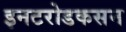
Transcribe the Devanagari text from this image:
इनटरोडकसन